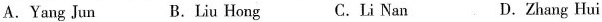
A.Yang Jun B.Liu Hong C.Li Nan D.Zhang Hui